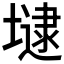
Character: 𡐡